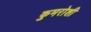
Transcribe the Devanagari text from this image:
कुमरोशी